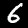
Digit: 6